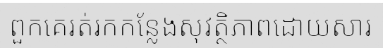
ពួកគេរត់រកកន្លែងសុវត្ថិភាពដោយសារ